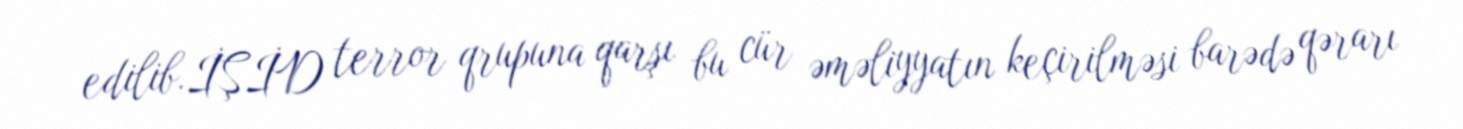
edilib.İŞİD terror qrupuna qarşı bu cür əməliyyatın keçirilməsi barədə qərarı